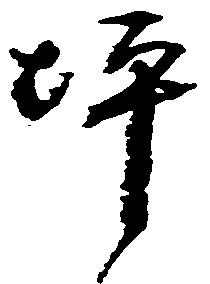
坪